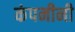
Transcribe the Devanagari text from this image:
कंपनीनी